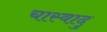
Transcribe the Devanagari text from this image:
चास्वादु